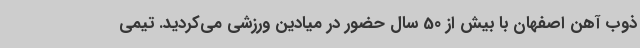
ذوب آهن اصفهان با بیش از 50 سال حضور در میادین ورزشی می‌کردید. تیمی